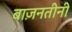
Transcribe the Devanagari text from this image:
बाज़नतीनी